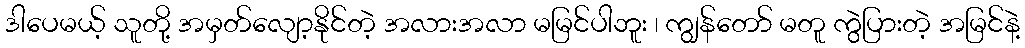
ဒါပေမယ့် သူတို့ အမှတ်လျော့နိုင်တဲ့ အလားအလာ မမြင်ပါဘူး ၊ ကျွန်တော် မတူ ကွဲပြားတဲ့ အမြင်နဲ့